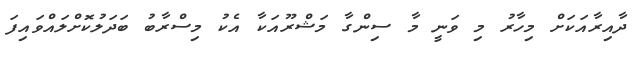
ދާއިރާއަކަށް މިހާރު މި ވަނީ މާ ސިންގާ މަޝްރޫއަކާ އެކު މިސްރާބު ބަދަލުކޮށްލައްވައިފަ